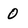
Character: 0